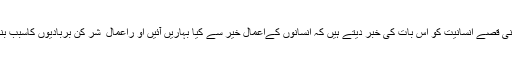
قرآنی قصے انسانیت کو اس بات کی خبر دیتے ہیں کہ انسانوں کےاعمالِ خیر سے کیا بہاریں آئیں او راعمال ِ شر کن بربادیوں کاسبب بنے۔